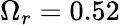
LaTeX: \Omega_{r}=0.52